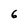
Character: 6